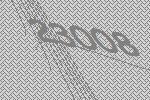
23008